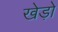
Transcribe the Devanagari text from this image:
खेड़ो